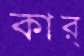
কার্